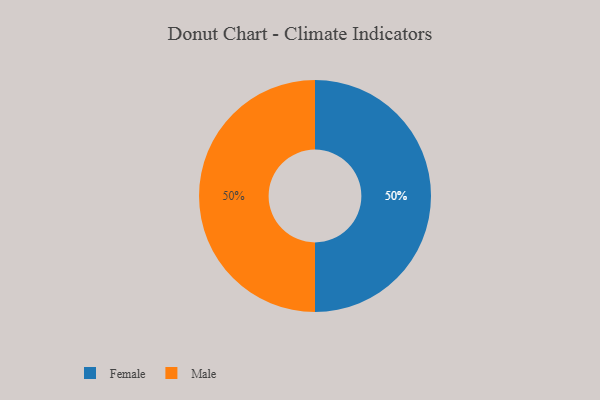
{"axis": {"x": "Category", "y": "Percentage"}, "legend": ["Female", "Male"], "data": [{"x": "Female", "y": 50, "type": "Female"}, {"x": "Male", "y": 50, "type": "Male"}]}